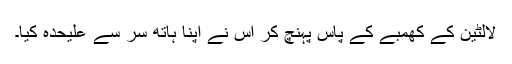
لالٹین کے کھمبے کے پاس پہنچ کر اس نے اپنا ہاتھ سر سے علیحدہ کیا۔